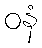
ဝနံ